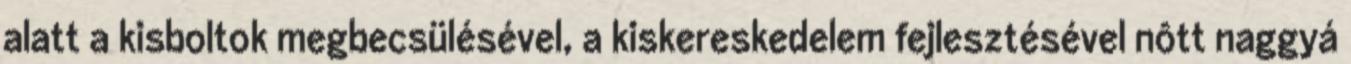
alatt a kisboltok megbecsülésével, a kiskereskedelem fejlesztésével nôtt naggyá